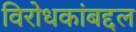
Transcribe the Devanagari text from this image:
विरोधकांबद्दल